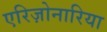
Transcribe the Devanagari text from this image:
एरिज़ोनारिया